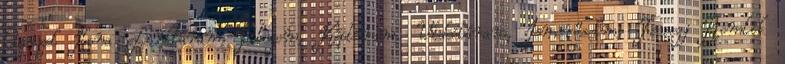
Czeizel Ilona Linktáram, Blogom, Képtáram, Videótáram, Ismerőseim, Fecsegj Romlik